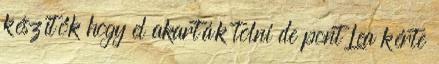
készítők hogy el akarták tolni de pont Lea kérte